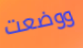
ووضعت